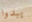
يبدوا